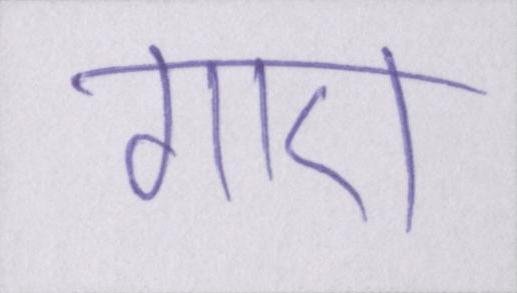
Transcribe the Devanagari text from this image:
गाए